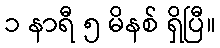
၁ နာရီ ၅ မိနစ် ရှိပြီ။